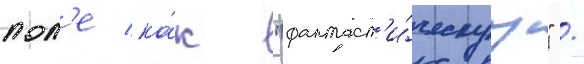
пол'е ка́к "фантаст'и́ческуу" /